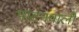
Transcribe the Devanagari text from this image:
पाटनवाली